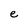
Character: e